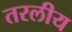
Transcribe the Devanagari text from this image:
तरलीय